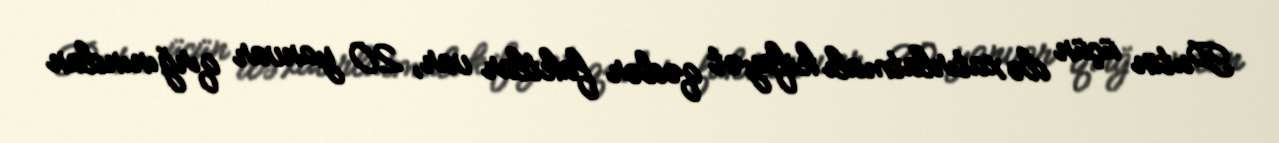
Putin üçün də xatırlatmalı kifayət qədər faktlar var, 20 yanvar qırğınından